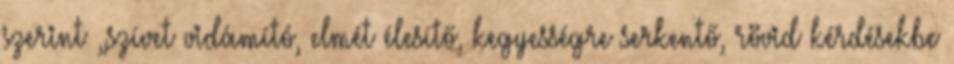
szerint „szívet vidámító, elmét élesítő, kegyességre serkentő, rövid kérdésekbe